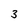
Character: 3